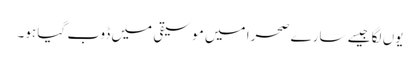
یوں لگا جیسے سارے صحرا میں موسیقی میں ڈوب گیا ہو۔